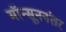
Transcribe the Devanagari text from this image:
मॉन्सूननंतर